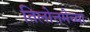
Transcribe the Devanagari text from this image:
तिलोत्तमेच्या